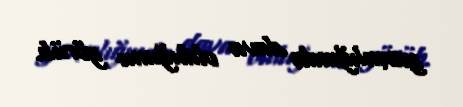
yaxınlığında dava olduğunu görüb.